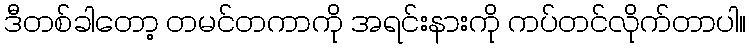
ဒီတစ်ခါတော့ တမင်တကာကို အရင်းနားကို ကပ်တင်လိုက်တာပါ။